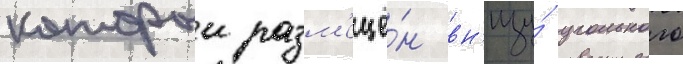
которыи разм'ещё́н вн'изу́ угольного